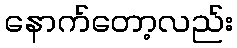
နောက်တော့လည်း